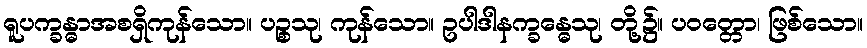
ရူပက္ခန္ဓာအစရှိကုန်သော။ ပဉ္စသု၊ ကုန်သော။ ဥပါဒါနက္ခန္ဓေသု၊ တို့၌။ ပဝတ္တော၊ ဖြစ်သော။